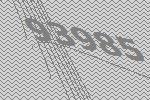
93985